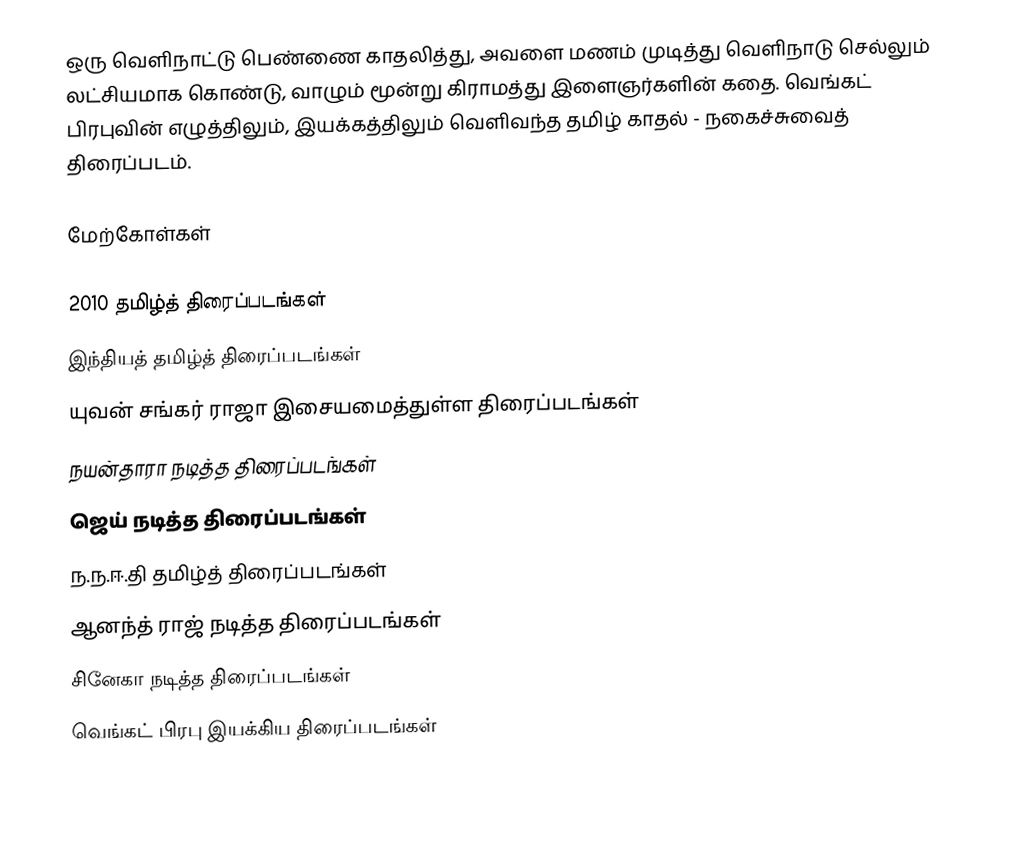
ஒரு வெளிநாட்டு பெண்ணை காதலித்து, அவளை மணம் முடித்து வெளிநாடு செல்லும் லட்சியமாக கொண்டு, வாழும் மூன்று கிராமத்து இளைஞர்களின் கதை. வெங்கட் பிரபுவின் எழுத்திலும், இயக்கத்திலும் வெளிவந்த தமிழ் காதல் -  நகைச்சுவைத் திரைப்படம்.

மேற்கோள்கள்

2010 தமிழ்த் திரைப்படங்கள்
இந்தியத் தமிழ்த் திரைப்படங்கள்
யுவன் சங்கர் ராஜா இசையமைத்துள்ள திரைப்படங்கள்
நயன்தாரா நடித்த திரைப்படங்கள்
ஜெய் நடித்த திரைப்படங்கள்
ந.ந.ஈ.தி தமிழ்த் திரைப்படங்கள்
ஆனந்த் ராஜ் நடித்த திரைப்படங்கள்
சினேகா நடித்த திரைப்படங்கள்
வெங்கட் பிரபு இயக்கிய திரைப்படங்கள்